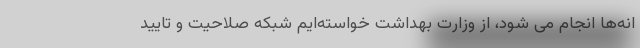
انه‌ها انجام می شود، از وزارت بهداشت خواسته‌ایم شبکه صلاحیت و تایید